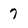
Character: 7